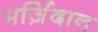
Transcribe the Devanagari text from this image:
मर्ज़िदान